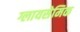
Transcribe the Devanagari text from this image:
ग्लायसेमिक